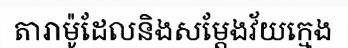
តារាម៉ូដែលនិងសម្តែងវ័យក្មេង